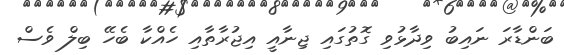
ބަންޑާރަ ނައިބު ވިދާޅުވި ގޮތުގައި ޖިނާއީ އިޖުރާތާއި ހެއްކާ ބެހޭ ބިލް ވެސް